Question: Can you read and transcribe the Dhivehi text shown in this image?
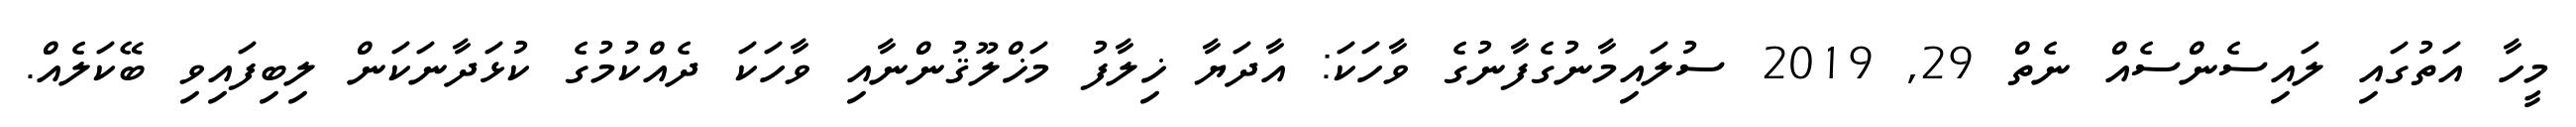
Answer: މީހާ އަތުގައި ލައިސެންސެއް ނެތް 29, 2019 ސުލައިމާނުގެފާނުގެ ވާހަކަ: އާދަޔާ ޚިލާފު މަޚްލޫޤުންނާއި ވާހަކަ ދެއްކުމުގެ ކުޅަދާނަކަން ލިބިފައިވި ބޭކަލެއް.